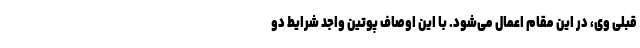
قبلی وی، در این مقام اعمال می‌شود. با این اوصاف پوتین واجد شرایط دو